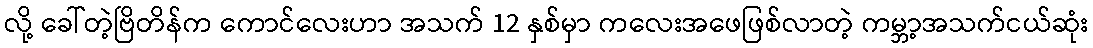
လို့ ခေါ်တဲ့ဗြိတိန်က ကောင်လေးဟာ အသက် 12 နှစ်မှာ ကလေးအဖေဖြစ်လာတဲ့ ကမ္ဘာ့အသက်ငယ်ဆုံး